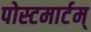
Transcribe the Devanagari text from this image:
पोस्टमार्टम्‌